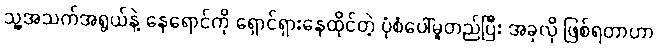
သူ့အသက်အရွယ်နဲ့ နေရောင်ကို ရှောင်ရှားနေထိုင်တဲ့ ပုံစံပေါ်မူတည်ပြီး အခုလို ဖြစ်ရတာဟာ